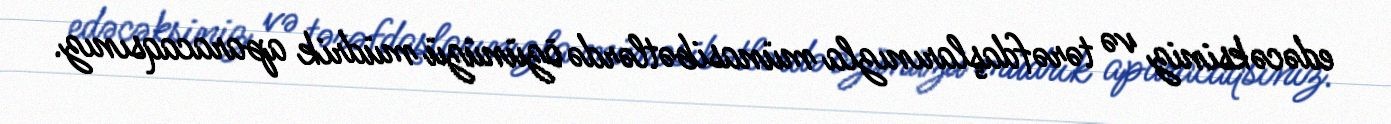
edəcəksiniz və tərəfdaşlarınızla münasibətlərdə özünüzü müdrik aparacaqsınız.